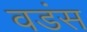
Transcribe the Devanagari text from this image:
वडंस